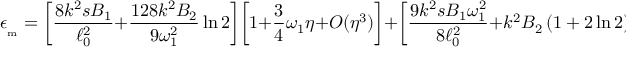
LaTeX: \epsilon _ { _ \mathrm { m } } = \biggl [ \frac { 8 k ^ { 2 } s B _ { 1 } } { \ell _ { 0 } ^ { 2 } } + \frac { 1 2 8 k ^ { 2 } B _ { 2 } } { 9 \omega _ { 1 } ^ { 2 } } \ln 2 \biggr ] \biggl [ 1 + \frac { 3 } { 4 } \omega _ { 1 } \eta + { \cal O } ( \eta ^ { 3 } ) \biggr ] + \biggl [ \frac { 9 k ^ { 2 } s B _ { 1 } \omega _ { 1 } ^ { 2 } } { 8 \ell _ { 0 } ^ { 2 } } + k ^ { 2 } B _ { 2 } \left( 1 + 2 \ln 2 \right) \biggr ] \biggr [ \eta ^ { 2 } + { \cal O } ( \eta ^ { 3 } ) \biggr ] .